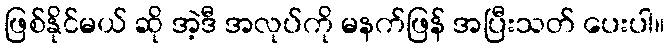
ဖြစ်နိုင်မယ် ဆို အဲ့ဒီ အလုပ်ကို မနက်ဖြန် အပြီးသတ် ပေးပါ။